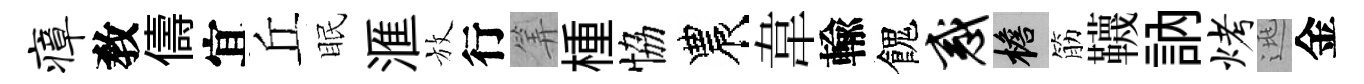
瘴敎儔宜丘眠滙放行筭㮔恊農韋輸餽惑檐筋韈訥烤逃金